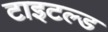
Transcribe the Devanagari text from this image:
टाइटल्ड